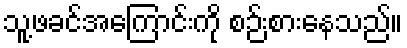
သူ့ဖခင်အကြောင်းကို စဉ်းစားနေသည်။